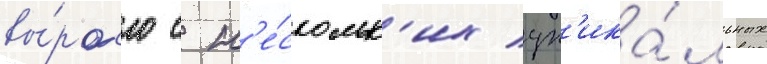
вы́росло с н'е́скольк'их ун'ика́льных